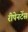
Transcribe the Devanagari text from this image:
रीपेनटेंस